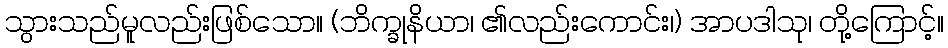
သွားသည်မူလည်းဖြစ်သော။ (ဘိက္ခုနိယာ၊ ၏လည်းကောင်း၊) အာပဒါသု၊ တို့ကြောင့်။